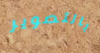
بالتصوير